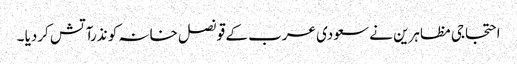
احتجاجی مظاہرین نے سعودی عرب کے قونصل خانہ کو نذرآتش کردیا ۔